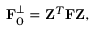
{ \displaystyle { \bf F } _ { 0 } ^ { \perp } = { \bf Z } ^ { T } { \bf F } { \bf Z } , }